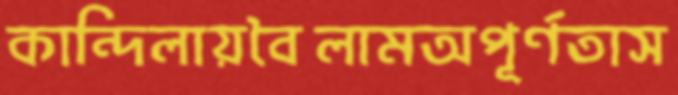
কান্দিলায়বৈলামঅপূর্ণতাস